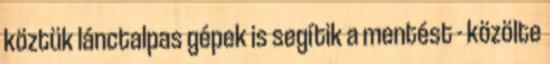
köztük lánctalpas gépek is segítik a mentést - közölte